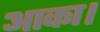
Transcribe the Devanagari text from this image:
आका।